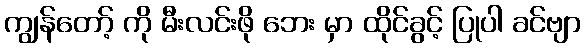
ကျွန်တော့် ကို မီးလင်းဖို ဘေး မှာ ထိုင်ခွင့် ပြုပါ ခင်ဗျာ